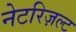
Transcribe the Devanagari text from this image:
नेटरिज़ल्ट